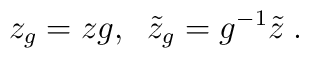
z_{g}=zg , \; \; \tilde{z}_{g}=g^{-1}\tilde{z} \;.